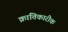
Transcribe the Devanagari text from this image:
क्रांतिकारीक